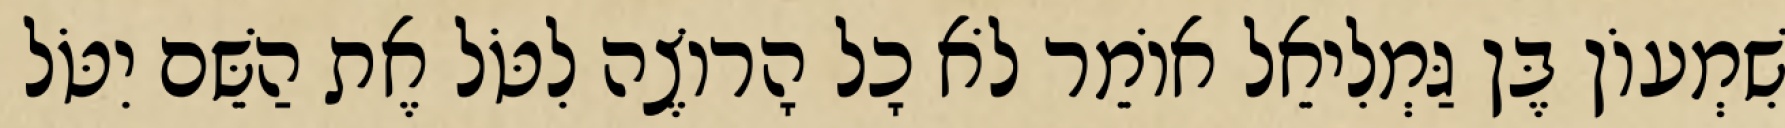
שִׁמְעוֹן בֶּן גַּמְלִיאֵל אוֹמֵר לֹא כָל הָרוֹצֶה לִטֹּל אֶת הַשֵּׁם יִטֹּל